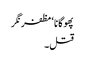
پھوگانا ‘ مظفر نگر
قتل۔